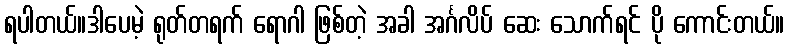
ရပါတယ်။ဒါပေမဲ့ ရုတ်တရက် ရောဂါ ဖြစ်တဲ့ အခါ အင်္ဂလိပ် ဆေး သောက်ရင် ပို ကောင်းတယ်။